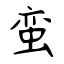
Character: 蛮